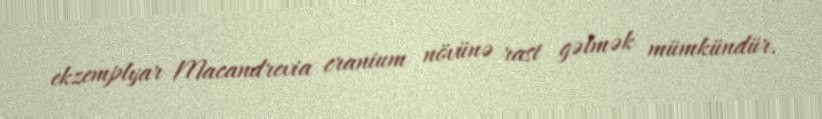
ekzemplyar Macandrevia cranium növünə rast gəlmək mümkündür.